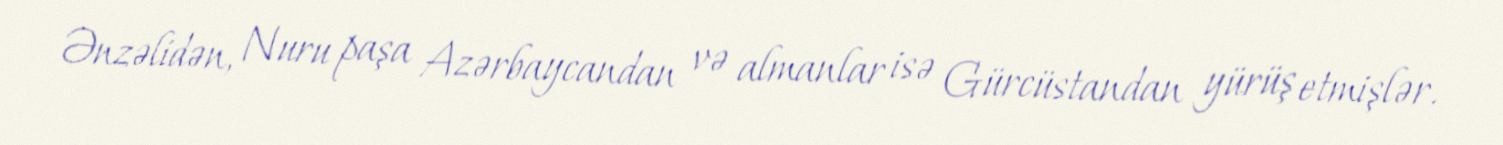
Ənzəlidən, Nuru paşa Azərbaycandan və almanlar isə Gürcüstandan yürüş etmişlər.